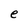
Character: e